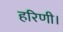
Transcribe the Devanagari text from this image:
हरिणी।